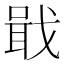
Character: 戢